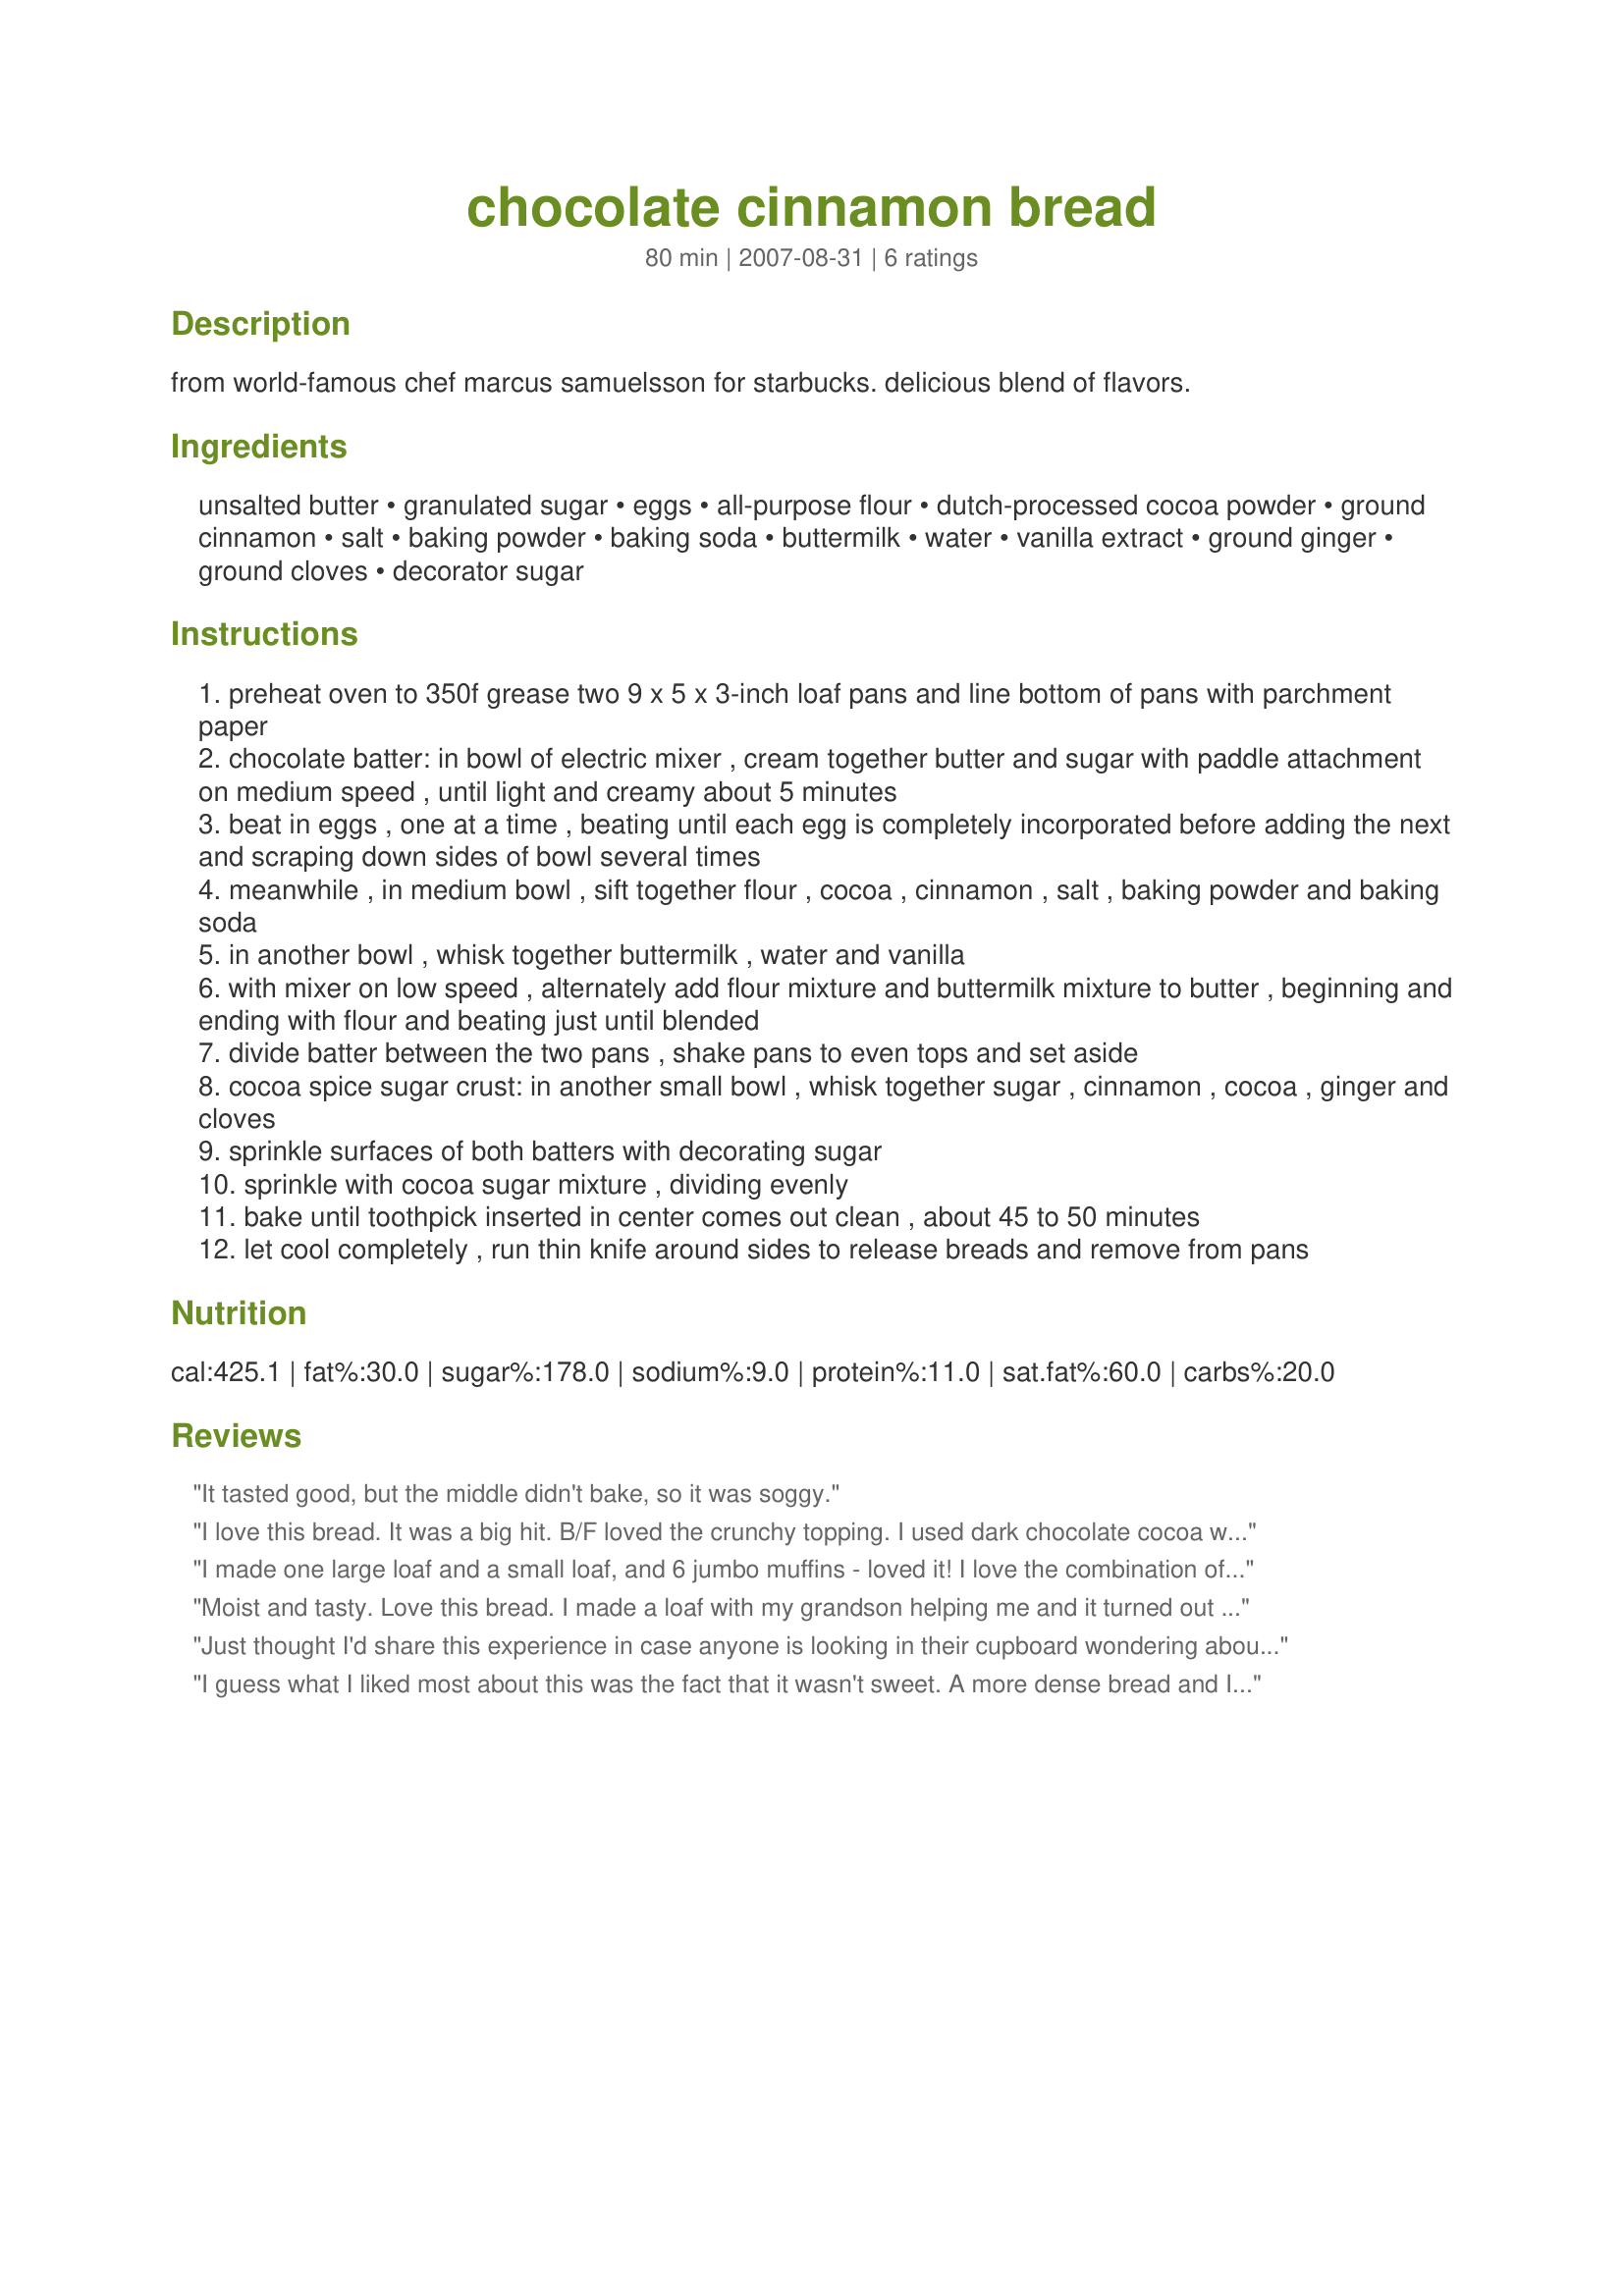
chocolate cinnamon bread
Preparation time: 80 minutes

from world-famous chef marcus samuelsson for starbucks. delicious blend of flavors.

Ingredients:
unsalted butter, granulated sugar, eggs, all-purpose flour, dutch-processed cocoa powder, ground cinnamon, salt, baking powder, baking soda, buttermilk, water, vanilla extract, ground ginger, ground cloves, decorator sugar

Steps:
preheat oven to 350f grease two 9 x 5 x 3-inch loaf pans and line bottom of pans with parchment paper
chocolate batter: in bowl of electric mixer , cream together butter and sugar with paddle attachment on medium speed , until light and creamy about 5 minutes
beat in eggs , one at a time , beating until each egg is completely incorporated before adding the next and scraping down sides of bowl several times
meanwhile , in medium bowl , sift together flour , cocoa , cinnamon , salt , baking powder and baking soda
in another bowl , whisk together buttermilk , water and vanilla
with mixer on low speed , alternately add flour mixture and buttermilk mixture to butter , beginning and ending with flour and beating just until blended
divide batter between the two pans , shake pans to even tops and set aside
cocoa spice sugar crust: in another small bowl , whisk together sugar , cinnamon , cocoa , ginger and cloves
sprinkle surfaces of both batters with decorating sugar
sprinkle with cocoa sugar mixture , dividing evenly
bake until toothpick inserted in center comes out clean , about 45 to 50 minutes
let cool completely , run thin knife around sides to release breads and remove from pans

Reviews:
It tasted good, but the middle didn't bake, so it was soggy.
I love this bread. It was a big hit. B/F loved the crunchy topping. I used dark chocolate cocoa which made it very dark and rich. The next time I will add another tsp of cinnamon to the batter. I got 3 loafs out of this because I used 8x3 foil pans.
I made one large loaf and a small loaf, and 6 jumbo muffins - loved it! I love the combination of harvest spices and chocolate. I used raw sugar and mistakenly mixed with other crust ingredients, but it seemed fine. I'm sharing this with everyone! I can't stop eating it.
Moist and tasty. Love this bread. I made a loaf with my grandson helping me and it turned out great. He doesn't like cake, but loved ths bread. Thee chocolate and cinnamon go well together. I took the advice of someone else and turned it out onto parchment paper then flipped it over on a cake rack to cool.
Just thought I'd share this experience in case anyone is looking in their cupboard wondering about substituting this and that because they are hungry and have limited ingredients....I live alone so didn't want two loaves, I cut the recipe in half and didn't have butter or buttermilk, instead I used shortening and some coconut oil. And for the buttermilk I used soy milk with white wine vinegar. So, as it was baking the batter over-flowed big time and it tasted terrible. Really terrible! Lesson learned.
I guess what I liked most about this was the fact that it wasn't sweet. A more dense bread and I can see where the Starbucks chef would make something like this. I baked mine in small individual loaf pans for gift giving. A great blend of spices for this time of year!!! Thanks for sharing .
